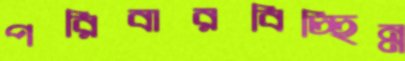
পরিবারবিচ্ছিন্ন